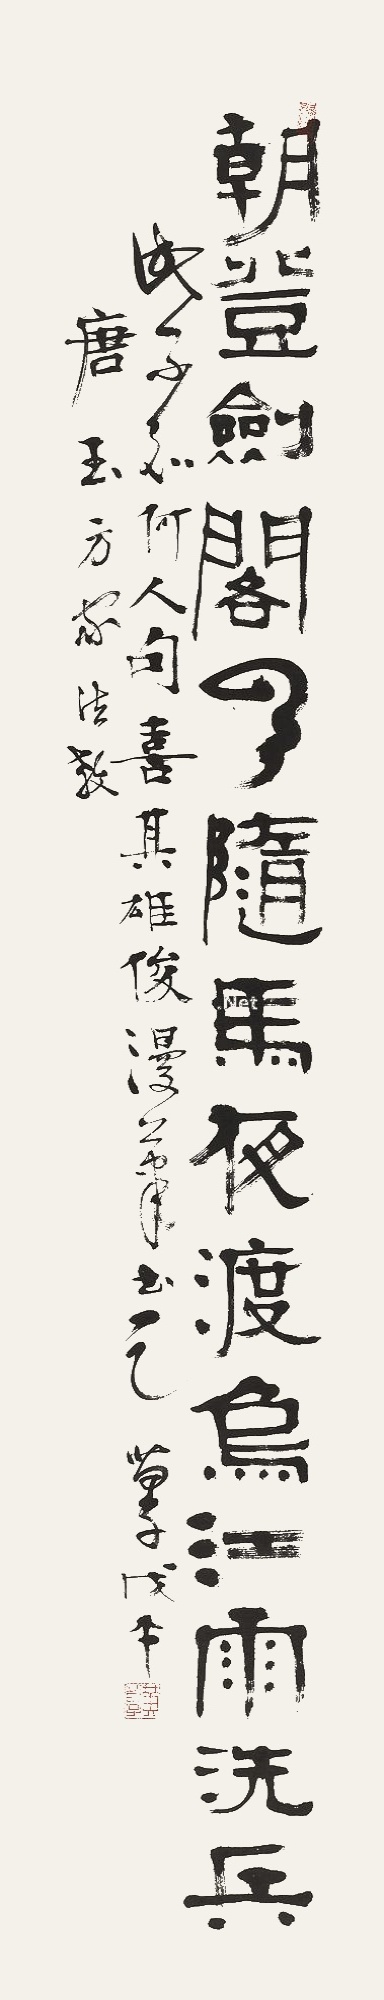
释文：朝登剑阁云随马，夜渡乌江雨洗兵。唐玉方家法教，此不知何人句，喜其雄俊，漫笔书之，苗子戊午。